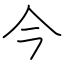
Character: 今